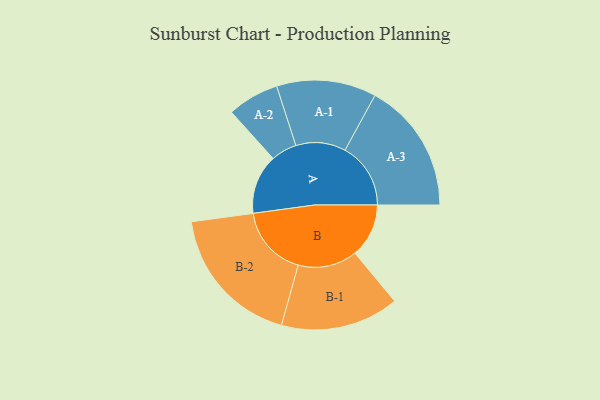
{"axis": {"x": "Segment", "y": "Value"}, "legend": ["", "A", "B"], "data": [{"x": "A", "y": 238, "type": ""}, {"x": "B", "y": 215, "type": ""}, {"x": "A-1", "y": 199, "type": "A"}, {"x": "A-2", "y": 103, "type": "A"}, {"x": "A-3", "y": 262, "type": "A"}, {"x": "B-1", "y": 236, "type": "B"}, {"x": "B-2", "y": 285, "type": "B"}]}